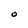
Character: O